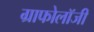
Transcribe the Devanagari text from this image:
ग्राफोलॉजी